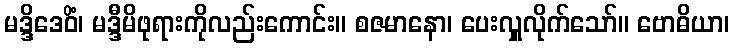
မဒ္ဒိဒေဝိံ၊ မဒ္ဒီမိဖုရားကိုလည်းကောင်း။ စဇမာနော၊ ပေးလှူလိုက်သော်။ ဗောဓိယာ၊